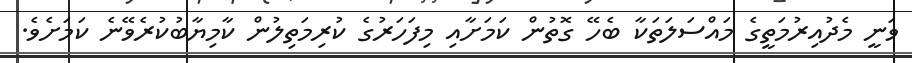
ވަނީ މެދުއިރުމަތީގެ މައްސަލަތަކާ ބެހޭ ގޮތުން ކަމަށާއި މިފަހަރުގެ ކުރިމަތިލުން ކާމިޔާބުކުރެވޭނެ ކަމަށެވެ.